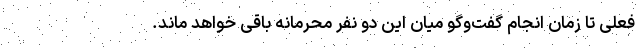
فعلی تا زمان انجام گفت‌وگو میان این دو نفر محرمانه باقی خواهد ماند.